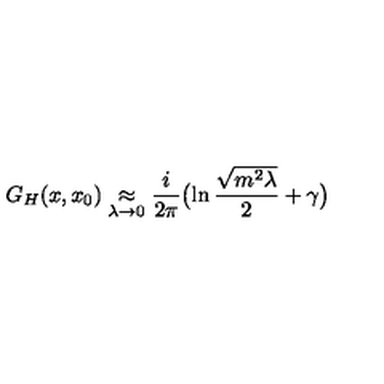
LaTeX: G _ { H } ( x , x _ { 0 } ) \mathrel { \mathop { \approx } _ { \lambda \rightarrow 0 } } { \frac { i } { 2 \pi } } \bigl ( \ln { \frac { \sqrt { m ^ { 2 } \lambda } } { 2 } } + \gamma \bigr )